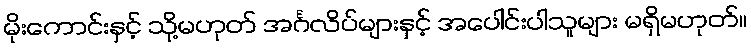
မိုးကောင်းနှင့် သို့မဟုတ် အင်္ဂလိပ်များနှင့် အပေါင်းပါသူများ မရှိမဟုတ်။